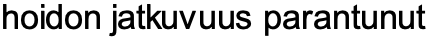
hoidon jatkuvuus parantunut